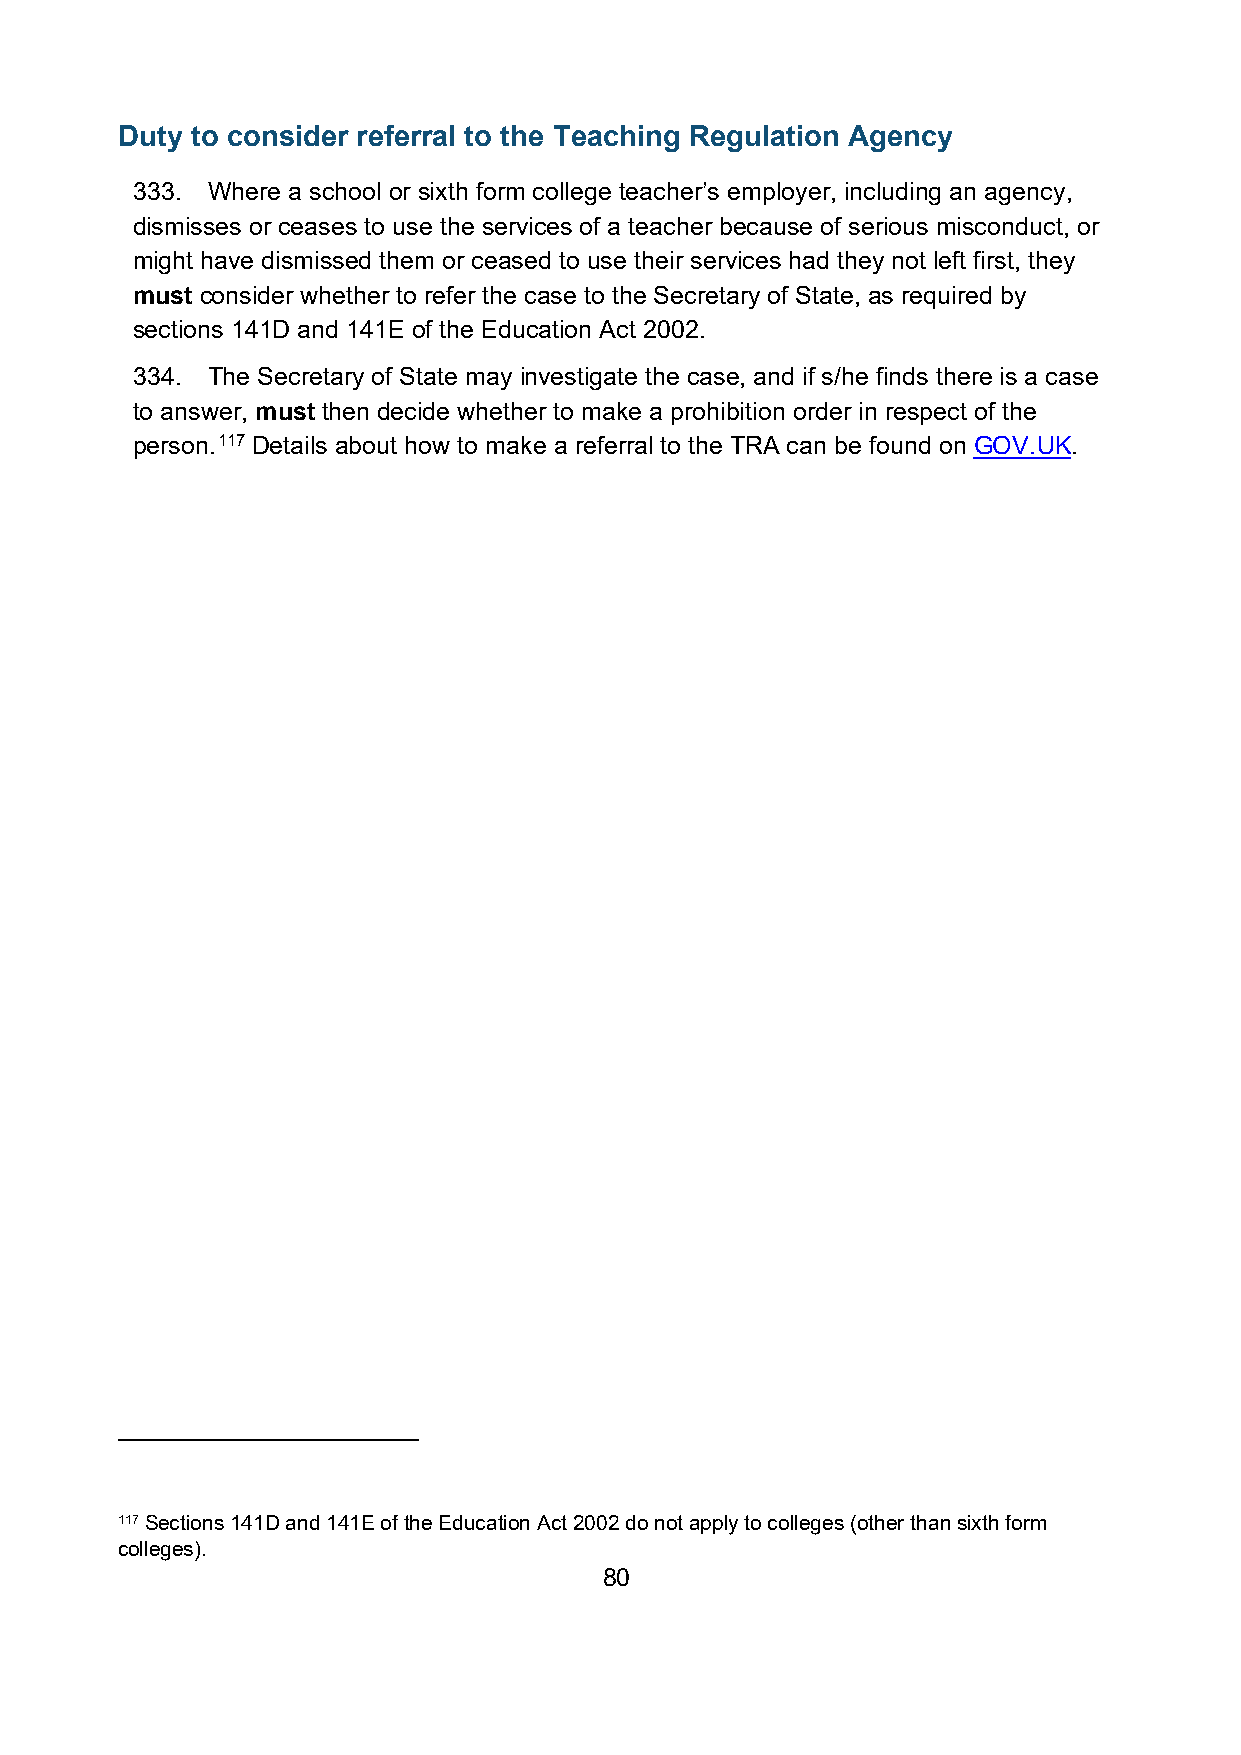
Duty to consider referral to the Teaching Regulation Agency
 333. Where a school or sixth form college teacher’s employer, including an agency,
 dismisses or ceases to use the services of a teacher because of serious misconduct, or
 might have dismissed them or ceased to use their services had they not left first, they
 must consider whether to refer the case to the Secretary of State, as required by
 sections 141D and 141E of the Education Act 2002.
 334. The Secretary of State may investigate the case, and if s/he finds there is a case
 to answer, must then decide whether to make a prohibition order in respect of the
 person.117 Details about how to make a referral to the TRA can be found on GOV.UK.
 117 Sections 141D and 141E of the Education Act 2002 do not apply to colleges (other than sixth form
 colleges).
 80